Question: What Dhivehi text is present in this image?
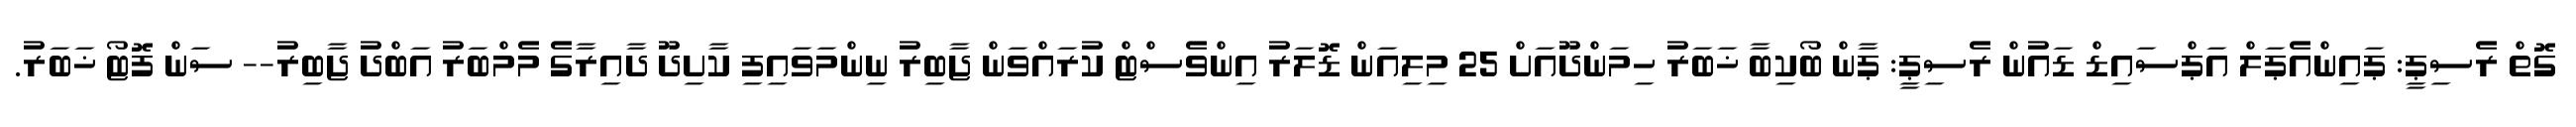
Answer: ގޮތް ރެސިޕީ: ޕައިންއެޕަލް އަޕްސައިޑް ޑައުން ރެސިޕީ: ޕާން ބޯކިބާ ޚަބަރު ހިމަންދޫއަށް 25 މިލިއަން ޑޮލަރު އިންވެސްޓް ކުރައްވަން ޖާބިރު ނިންމަވައިފި ކާށިދޫ ދާއިރާގެ މެމްބަރު އަބްދު ޖާބިރު-- ސަން ފޮޓޯ ޚަބަރު.